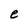
Character: e